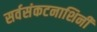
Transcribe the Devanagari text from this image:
सर्वसंकटनाशिनी